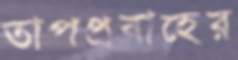
তাপপ্রবাহের